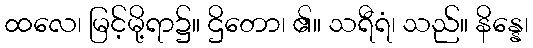
ထလေ၊ မြင့်မို့ရာ၌။ ဌိတော၊ ၏။ သရီရံ၊ သည်။ နိန္နေ၊